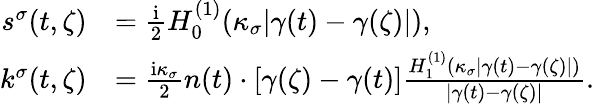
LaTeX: \begin{array}{rl}{s^{\sigma}(t,\zeta)}&{=\frac{\mathrm{i}}{2}H_{0}^{(1)}(\kappa_{\sigma}|\gamma(t)-\gamma(\zeta)|),}\\ {k^{\sigma}(t,\zeta)}&{=\frac{\mathrm{i}\kappa_{\sigma}}{2}n(t)\cdot[\gamma(\zeta)-\gamma(t)]\frac{H_{1}^{(1)}(\kappa_{\sigma}|\gamma(t)-\gamma(\zeta)|)}{|\gamma(t)-\gamma(\zeta)|}.}\end{array}